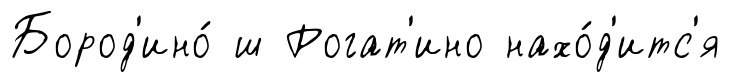
Бород'ино́ ш Рогат'ино нахо́д'итс'я